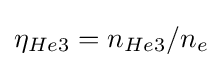
\eta _{He3}=n_{He3}/n_{e}